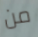
من